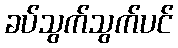
ခပ်သွက်သွက်ပင်